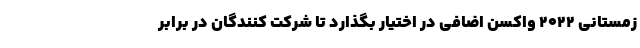
زمستانی ۲۰۲۲ واکسن اضافی در اختیار بگذارد تا شرکت کنندگان در برابر